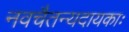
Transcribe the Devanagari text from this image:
नवचैतन्यदायकाः